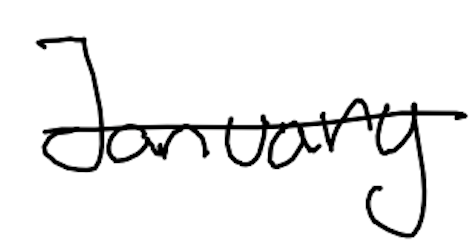
Text: January
Cross-out: single-line
Writing tool: digital_black